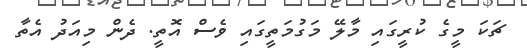
ޗަކަ މީގެ ކުރީގައި މާލޭ މަގުމަތީގައި ވެސް އޮތީ. ދެން މިއަދު އެތާ